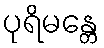
ပုရိမန္တေ